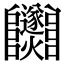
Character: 𨽵